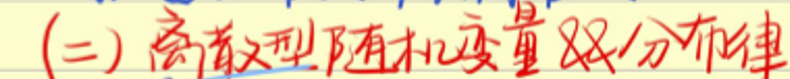
(二)离散型随机变量的分布律